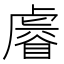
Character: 𧇩